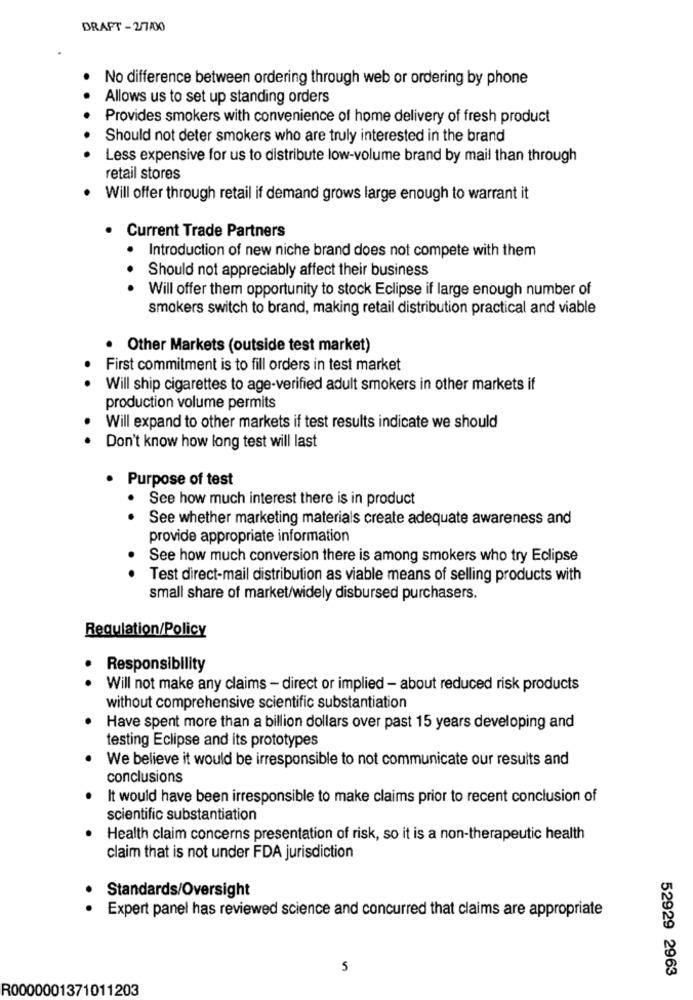
DRAFT - 2/7/00
No difference between ordering through web or ordering by phone
Allows us to set up standing orders
Provides smokers with convenience of home delivery of fresh product
Should not deter smokers who are truly interested in the brand
Less expensive for us to distribute low-volume brand by mail than through
retail stores
Will offer through retail if demand grows large enough to warrant it
Current Trade Partners
. Introduction of new niche brand does not compete with them
Should not appreciably affect their business
Will offer them opportunity to stock Eclipse if large enough number of
smokers switch to brand, making retail distribution practical and viable
. Other Markets (outside test market)
First commitment is to fill orders in test market
Will ship cigarettes to age-verified adult smokers in other markets if
production volume permits
Will expand to other markets if test results indicate we should
Don't know how long test will last
· Purpose of test
See how much interest there is in product
See whether marketing materials create adequate awareness and
provide appropriate information
See how much conversion there is among smokers who try Eclipse
Test direct-mail distribution as viable means of selling products with
small share of market/widely disbursed purchasers.
Regulation/Policy
Responsibility
Will not make any claims - direct or implied - about reduced risk products
without comprehensive scientific substantiation
Have spent more than a billion dollars over past 15 years developing and
testing Eclipse and its prototypes
We believe it would be irresponsible to not communicate our results and
conclusions
It would have been irresponsible to make claims prior to recent conclusion of
scientific substantiation
Health claim concerns presentation of risk, so it is a non-therapeutic health
claim that is not under FDA jurisdiction
Standards/Oversight
Expert panel has reviewed science and concurred that claims are appropriate
5
52929 2963
R0000001371011203